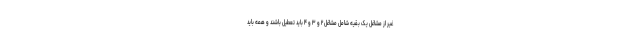
غیر از مشاغل یک بقیه شامل مشاغل ۲ و ۳ و ۴ باید تعطیل باشند و همه باید